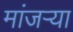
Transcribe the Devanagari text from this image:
मांजर्‍या